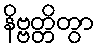
နိဗ္ဗတ္တိတွာ